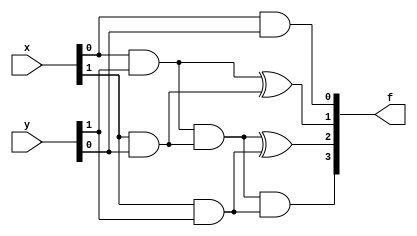



//no function ver.
module mul2Bit(x,y,f);
	input [1:0] x,y;
	output [3:0] f;
	wire [2:0] temp;
	assign f[0] = x[0]&y[0];
	assign temp[0] = x[0]&y[1];
	assign temp[1] = x[1]&y[0];
	wire temp2;
	assign f[1] = temp[0]^temp[1];
	assign temp[2] = x[1]&y[1];
	assign temp2 = temp[0]&temp[1];
	assign f[2] = temp2^temp[2];
	assign f[3] = temp2&temp[2];
endmodule

//function ver.
module mul2Bit_ha(x,y,f);
	input [1:0] x,y;
	output [3:0] f;
	wire [2:0] temp;
	assign f[0] = x[0]&y[0];
	assign temp[0] = x[0]&y[1];
	assign temp[1] = x[1]&y[0];
	wire a,b,c,d;
	halfAdder ha1(.x(temp[0]), .y(temp[1]),.c(a),.s(b));
	assign f[1] = b;
	assign temp[2] = x[1]&y[1];
	halfAdder ha2(.x(temp[2]), .y(a),.c(c),.s(d));
	assign f[2] = d;
	assign f[3] = c;
endmodule

module fullAdder(cin, x,y, s, cout);
	input cin, x, y;
	output s, cout;
	assign s = x^y^cin;
	assign cout = (x&y)|(x&cin)|(y&cin);
endmodule

module halfAdder(x,y,c,s);
	input x,y;
	output c,s;
	assign s = x^y;
	assign c = x&y;
endmodule